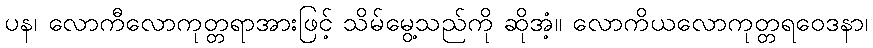
ပန၊ လောကီလောကုတ္တရာအားဖြင့် သိမ်မွေ့သည်ကို ဆိုအံ့။ လောကိယလောကုတ္တရဝေဒနာ၊